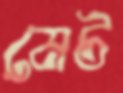
মেট